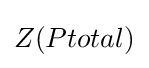
Z(Ptotal)